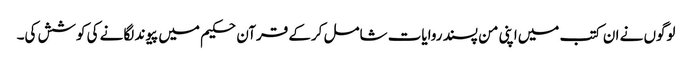
لوگوں نے ان کتب میں‌اپنی من پسند روایات شامل کرکے قرآن حکیم میں پیوند لگانے کی کوشش کی۔